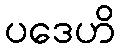
ပဒေဟိ